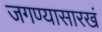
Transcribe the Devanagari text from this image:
जगण्यासारखं